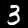
Label: 3